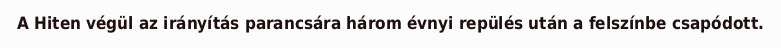
A Hiten végül az irányítás parancsára három évnyi repülés után a felszínbe csapódott.